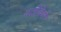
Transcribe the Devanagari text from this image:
वर्तविणे